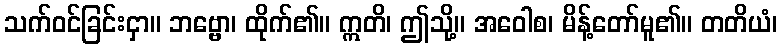
သက်ဝင်ခြင်းငှာ။ ဘဗ္ဗော၊ ထိုက်၏။ ဣတိ၊ ဤသို့။ အဝေါစ၊ မိန့်တော်မူ၏။ တတိယံ၊